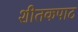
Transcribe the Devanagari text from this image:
शीतकपाट